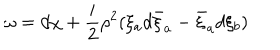
LaTeX: \omega = d \chi + \frac { i } { 2 } \rho ^ { 2 } ( \xi _ { a } d \bar { \xi } _ { a } - \bar { \xi } _ { a } d \xi _ { b } )